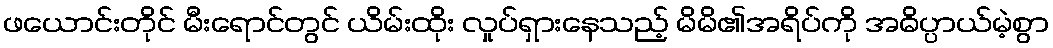
ဖယောင်းတိုင် မီးရောင်တွင် ယိမ်းထိုး လှုပ်ရှားနေသည့် မိမိ၏အရိပ်ကို အဓိပ္ပာယ်မဲ့စွာ